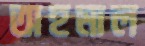
অহমাল